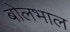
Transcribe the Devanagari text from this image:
बोलभाल